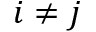
i \neq j